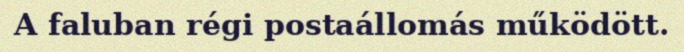
A faluban régi postaállomás működött.